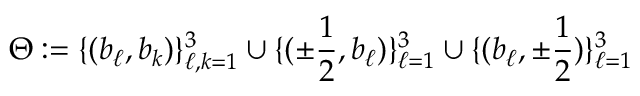
\Theta : = \{ ( b _ { \ell } , b _ { k } ) \} _ { \ell , k = 1 } ^ { 3 } \cup \{ ( \pm \frac { 1 } { 2 } , b _ { \ell } ) \} _ { \ell = 1 } ^ { 3 } \cup \{ ( b _ { \ell } , \pm \frac { 1 } { 2 } ) \} _ { \ell = 1 } ^ { 3 }